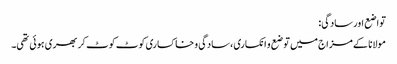
تواضع اور سادگی:
مولانا کے مزاج میں توضع و انکساری، سادگی و خاکساری کوٹ کوٹ کر بھری ہوئی تھی۔